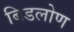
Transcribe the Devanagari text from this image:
बिडलोण